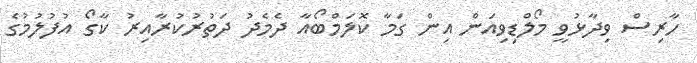
ހާރިސް ވިދާޅުވީ މޯލްޑިވިއަން އިން ގަމާ ކޮލަމްބޯއާ ދެމެދު ދަތުރުކުރާއިރު ކާގޯ އުފުލުމުގެ